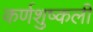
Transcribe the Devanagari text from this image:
कर्णशुष्कली